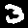
Digit: 3